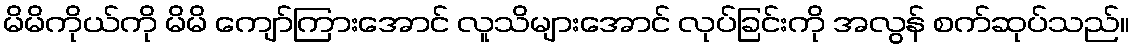
မိမိကိုယ်ကို မိမိ ကျော်ကြားအောင် လူသိများအောင် လုပ်ခြင်းကို အလွန် စက်ဆုပ်သည်။